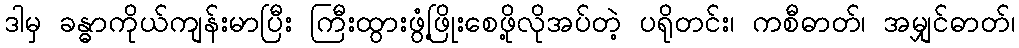
ဒါမှ ခန္ဓာကိုယ်ကျန်းမာပြီး ကြီးထွားဖွံ့ဖြိုးစေဖို့လိုအပ်တဲ့ ပရိုတင်း၊ ကစီဓာတ်၊ အမျှင်ဓာတ်၊